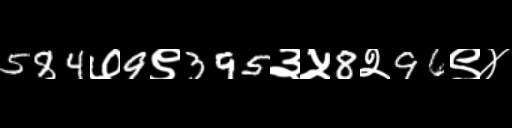
Text: 584७9९395३५8२96९४